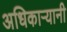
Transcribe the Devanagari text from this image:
अधिकाऱ्यानी